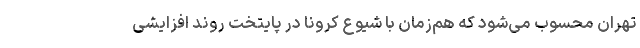
تهران محسوب می‌شود که هم‌زمان با شیوع کرونا در پایتخت روند افزایشی